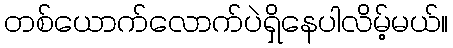
တစ်ယောက်လောက်ပဲရှိနေပါလိမ့်မယ်။